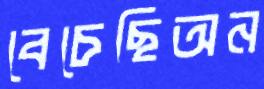
বেচেছিঅন